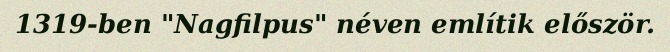
1319-ben "Nagfilpus" néven említik először.